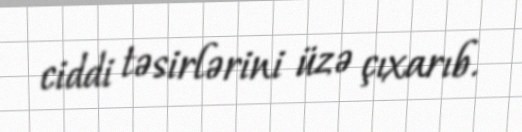
ciddi təsirlərini üzə çıxarıb.